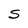
Character: S